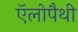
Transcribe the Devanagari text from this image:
ऍलोपैथी